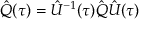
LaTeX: \hat { Q } ( \tau ) = \hat { U } ^ { - 1 } ( \tau ) \hat { Q } \hat { U } ( \tau )